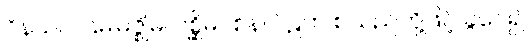
ဝိနယ၊ ပဌမ၊မဇ္ဈိမ၊ ပစ္ဆိမဝစန၊ ပိဋက စသည်တို့ဖြင့် ခွဲဝေ၍